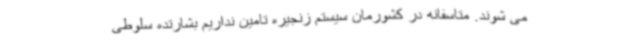
می شوند. متاسفانه در کشورمان سیستم زنجیره تامین نداریم بشارتده سلوطی